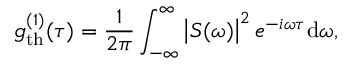
g _ { \mathrm { t h } } ^ { ( 1 ) } ( \tau ) = \frac { 1 } { 2 \pi } \int _ { - \infty } ^ { \infty } \left| S ( \omega ) \right| ^ { 2 } e ^ { - i \omega \tau } \mathrm { d } \omega ,